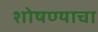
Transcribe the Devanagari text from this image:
शोषण्याचा